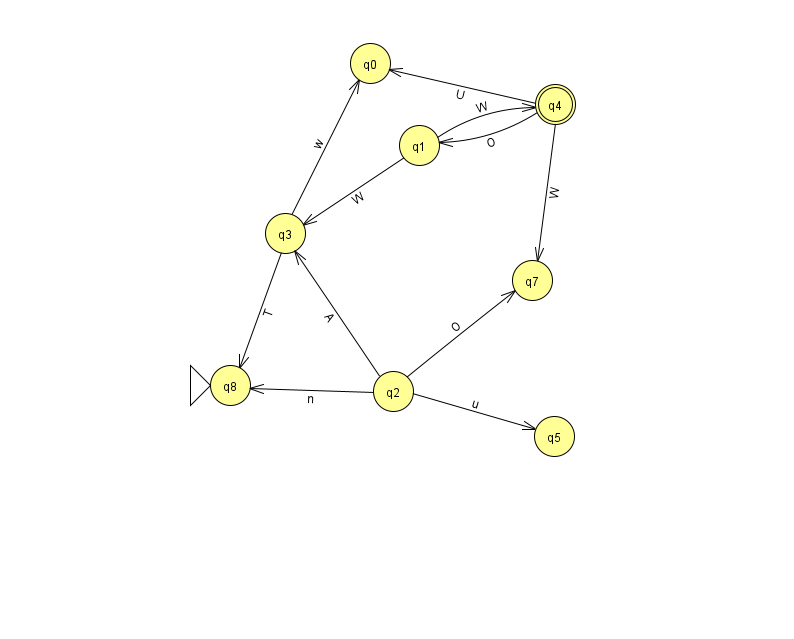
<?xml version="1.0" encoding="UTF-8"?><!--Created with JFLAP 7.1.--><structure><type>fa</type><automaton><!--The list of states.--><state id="0" name="q0"><x>370.0</x><y>50.0</y></state><state id="1" name="q1"><x>419.0</x><y>132.0</y></state><state id="2" name="q2"><x>393.0</x><y>378.0</y></state><state id="3" name="q3"><x>285.0</x><y>220.0</y></state><state id="4" name="q4"><x>555.0</x><y>91.0</y><final/></state><state id="5" name="q5"><x>554.0</x><y>423.0</y></state><state id="7" name="q7"><x>532.0</x><y>267.0</y></state><state id="8" name="q8"><x>230.0</x><y>372.0</y><initial/></state><!--The list of transitions.--><transition><from>2</from><to>5</to><read>u</read></transition><transition><from>2</from><to>3</to><read>A</read></transition><transition><from>4</from><to>1</to><read>O</read></transition><transition><from>4</from><to>0</to><read>U</read></transition><transition><from>3</from><to>0</to><read>w</read></transition><transition><from>2</from><to>7</to><read>O</read></transition><transition><from>2</from><to>8</to><read>n</read></transition><transition><from>1</from><to>4</to><read>W</read></transition><transition><from>4</from><to>7</to><read>W</read></transition><transition><from>1</from><to>3</to><read>W</read></transition><transition><from>3</from><to>8</to><read>T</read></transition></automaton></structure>